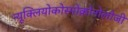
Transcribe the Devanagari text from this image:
न्यूक्लियोकोस्मोक्रोनोलोजी